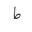
Letter: _da